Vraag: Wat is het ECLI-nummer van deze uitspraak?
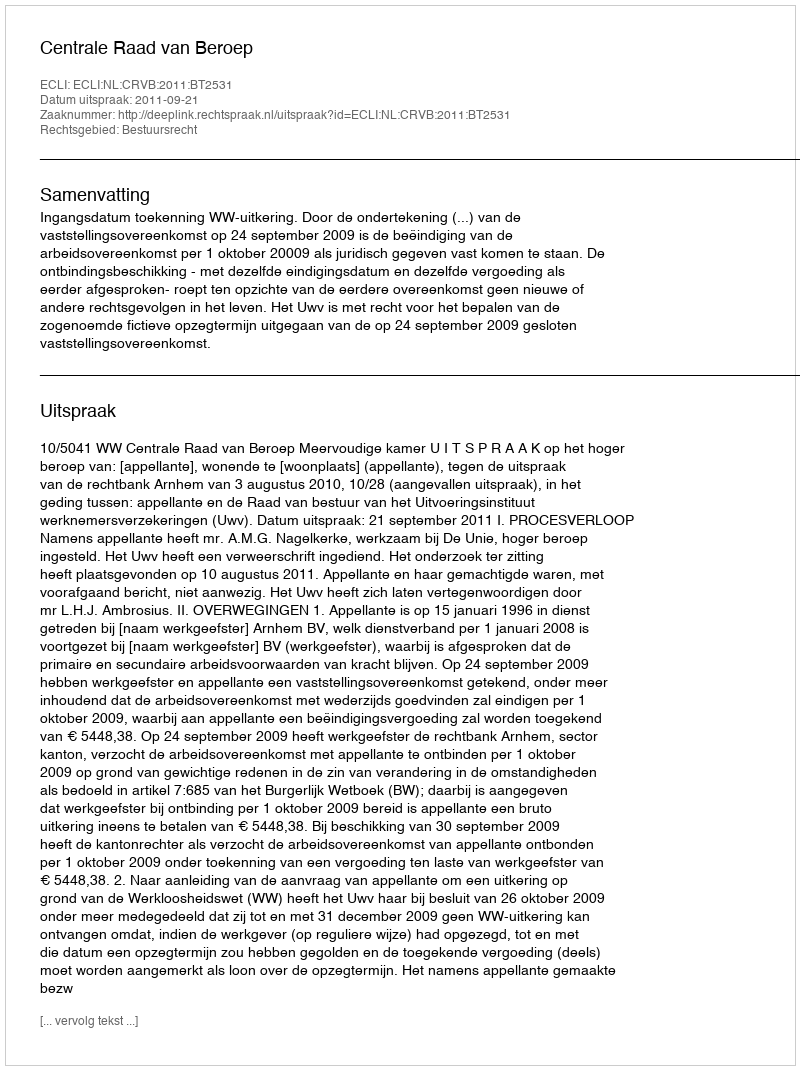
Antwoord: ECLI:NL:CRVB:2011:BT2531